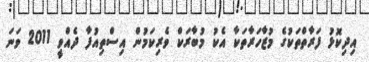
އިދިކޮޅު ފަރާތްތަކުގެ މުޒާހަރާތަކާ އެކު މުބާރަކް ވެރިކަމުން އިސްތިއުފާ ދެއްވީ 2011 ވަނަ